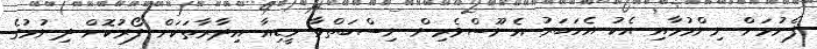
ފެށުމަށް ނިންމުމާއި އެކު އެހަބަރު އެނޫސްވެރިން ނިސްބަތްވާ މީޑިއާ އިދާރާތަކަށް ފޯރުކޮށް ދިނުމުގެ